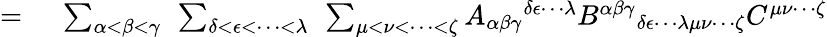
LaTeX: \begin{array}{rl}{={}}&{{}\sum_{\alpha<\beta<\gamma}~\sum_{\delta<\epsilon<\cdots<\lambda}~\sum_{\mu<\nu<\cdots<\zeta}A_{\alpha\beta\gamma}{}^{\delta\epsilon\cdots\lambda}B^{\alpha\beta\gamma}{}_{\delta\epsilon\cdots\lambda\mu\nu\cdots\zeta}C^{\mu\nu\cdots\zeta}}\end{array}